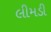
લીમડી